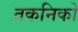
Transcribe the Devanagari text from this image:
तकनिको